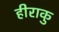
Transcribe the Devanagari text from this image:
हीराकु